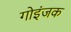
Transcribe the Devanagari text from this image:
गोइंजक